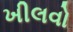
ખીલવો